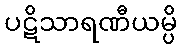
ပဋိသာရဏီယမ္ပိ